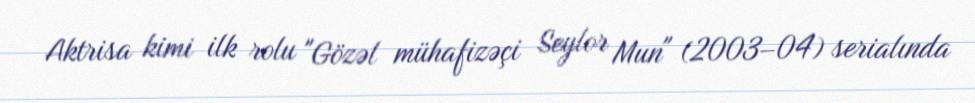
Aktrisa kimi ilk rolu "Gözəl mühafizəçi Seylor Mun" (2003–04) serialında